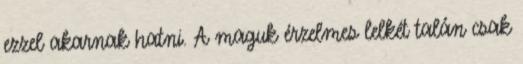
ezzel akarnak hatni. A maguk érzelmes lelkét talán csak